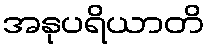
အနုပရိယာတိ